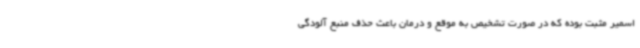
اسمیر مثبت بوده که در صورت تشخیص به موقع و درمان باعث حذف منبع آلودگی